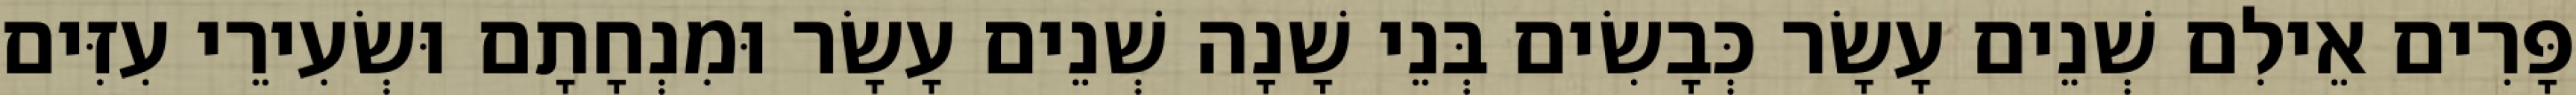
פָּרִים אֵילִם שְׁנֵים עָשָׂר כְּבָשִׂים בְּנֵי שָׁנָה שְׁנֵים עָשָׂר וּמִנְחָתָם וּשְׂעִירֵי עִזִּים